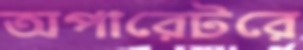
অপারেটরে